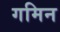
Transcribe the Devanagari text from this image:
गमिन